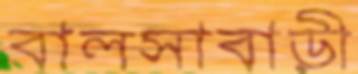
বালসাবাড়ী